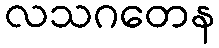
လသဂတေန